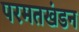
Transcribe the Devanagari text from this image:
परमतखंडन